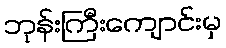
ဘုန်းကြီးကျောင်းမှ